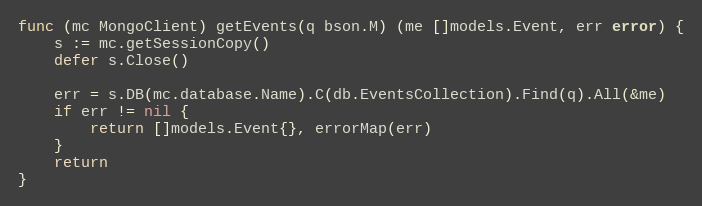
Language: Go
func (mc MongoClient) getEvents(q bson.M) (me []models.Event, err error) {
	s := mc.getSessionCopy()
	defer s.Close()

	err = s.DB(mc.database.Name).C(db.EventsCollection).Find(q).All(&me)
	if err != nil {
		return []models.Event{}, errorMap(err)
	}
	return
}